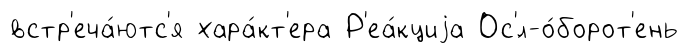
встр'еча́ютс'я хара́кт'ера Р'еа́кциjа Ос'́л-о́борот'ень